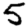
Digit: 5